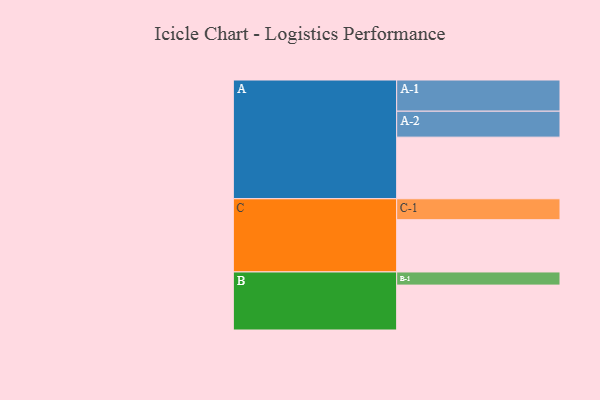
{"axis": {"x": "Segment", "y": "Value"}, "legend": ["", "A", "B", "C"], "data": [{"x": "A", "y": 553, "type": ""}, {"x": "B", "y": 403, "type": ""}, {"x": "C", "y": 469, "type": ""}, {"x": "A-1", "y": 280, "type": "A"}, {"x": "A-2", "y": 233, "type": "A"}, {"x": "B-1", "y": 118, "type": "B"}, {"x": "C-1", "y": 188, "type": "C"}]}